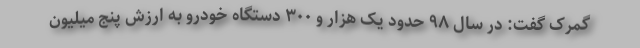
گمرک گفت: در سال ۹۸ حدود یک هزار و ۳۰۰ دستگاه خودرو به ارزش پنج میلیون